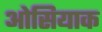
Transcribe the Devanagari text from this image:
ओसियाक